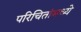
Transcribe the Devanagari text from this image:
परिचितांमध्ये